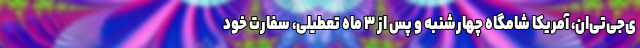
ی‌جی‌تی‌ان، آمریکا شامگاه چهارشنبه و پس از ۳ ماه تعطیلی، سفارت خود